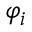
\varphi _ { i }